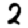
Digit: 2